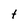
Character: t